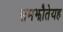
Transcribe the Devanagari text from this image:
समझौतेयह